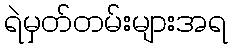
ရဲမှတ်တမ်းများအရ